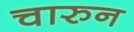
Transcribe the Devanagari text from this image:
चारुन